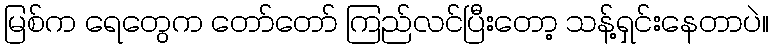
မြစ်က ရေတွေက တော်တော် ကြည်လင်ပြီးတော့ သန့်ရှင်းနေတာပဲ။